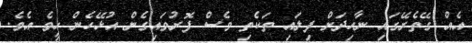
އެއް ގޭތެރޭގައި ނާހިދަށް ފިލައި ތަކެތި ވެސް ފޮރުވައިގެން އުޅޭހެން ހީވެ އެވެ.